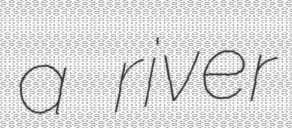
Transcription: a river